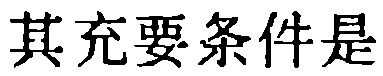
其充要条件是